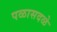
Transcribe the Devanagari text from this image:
पळासदळे